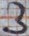
Text: 3